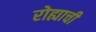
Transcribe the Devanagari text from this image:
रोह्याची